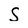
Character: S